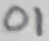
Text: 01